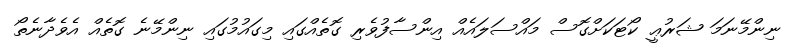
ނިންމޭނަމަ ޝަރުޢީ ކޯޓަކަށްގޮސް މައްސަލައެއް އިންސާފުވެރި ގޮތެއްގައި މިގައުމުގައި ނިންމޭނެ ގޮތެއް އެވެދާނެތޯ